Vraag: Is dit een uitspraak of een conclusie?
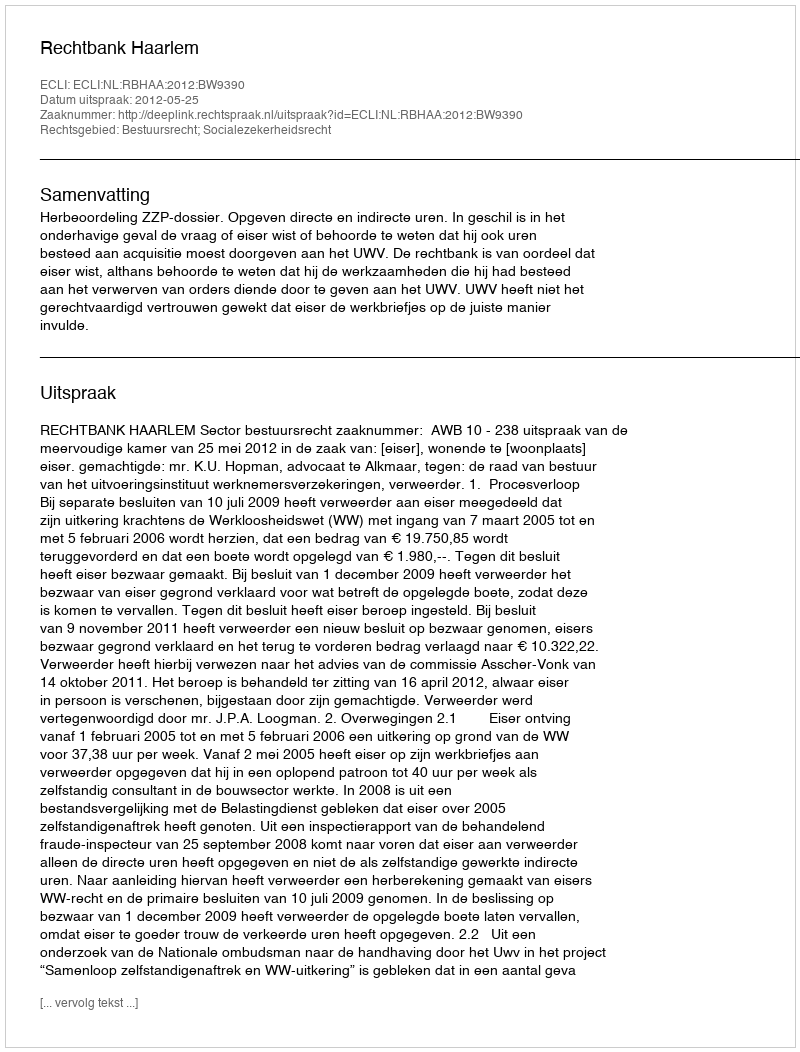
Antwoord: Uitspraak